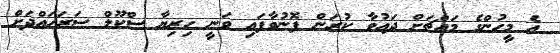
އެ މީހުންގެ މައްޗަށް ދައުވާ ކުރަން ފޮނުވާފައި ވަނީ ހިރިޔާ ސްކޫލް ސަރަހައްދަށް